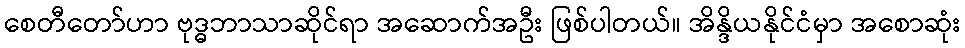
စေတီတော်ဟာ ဗုဒ္ဓဘာသာဆိုင်ရာ အဆောက်အဦး ဖြစ်ပါတယ်။ အိန္ဒိယနိုင်ငံမှာ အစောဆုံး